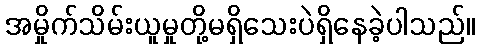
အမှိုက်သိမ်းယူမှုတို့မရှိသေးပဲရှိနေခဲ့ပါသည်။